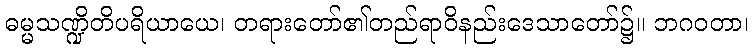
ဓမ္မသဏ္ဍိတိပရိယာယေ၊ တရားတော်၏တည်ရာဝိနည်းဒေသာတော်၌။ ဘဂဝတာ၊